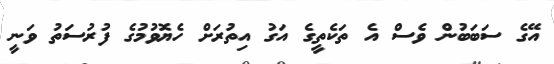
އޭގެ ސަބަބުން ވެސް އެ ތަކެތީގެ އަގު އިތުރަށް ހެޔޮވުމުގެ ފުރުސަތު ވަނީ